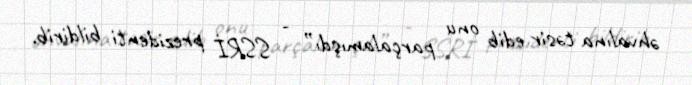
əhvalına təsir edib onu parçalamışdı” - SSRİ prezidenti bildirib.